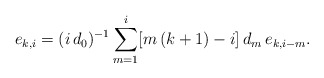
\begin{align*}e_{k,i}=(i\,d_0)^{-1}\sum_{m=1}^{i}[m\,(k+1)-i]\,d_m\,e_{k,i-m}.\end{align*}